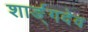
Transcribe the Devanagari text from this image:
शार्ङ्‌गदेव